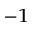
^ { - 1 }